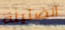
الضئيلة